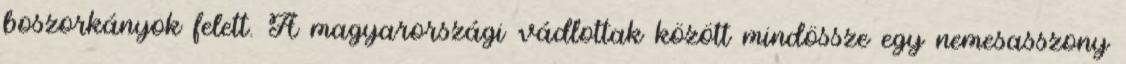
boszorkányok felett. A magyarországi vádlottak között mindössze egy nemesasszony